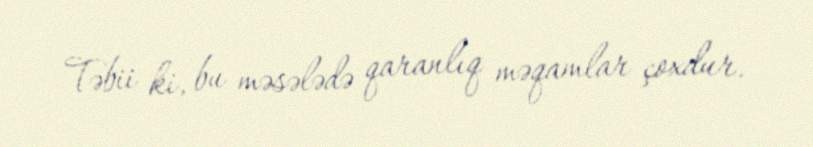
Təbii ki, bu məsələdə qaranlıq məqamlar çoxdur.